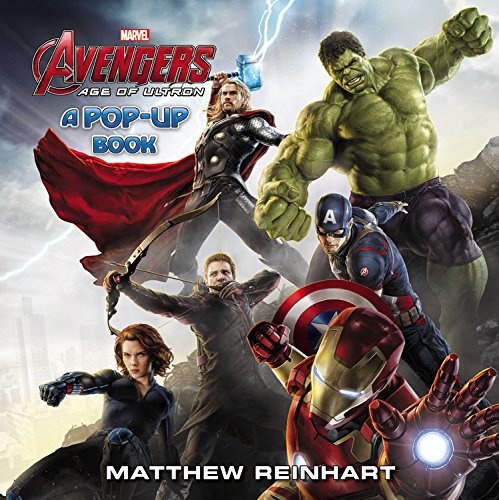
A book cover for Marvel's Avengers: Age of Ultron: A Pop-Up Book (Marvel the Avengers: Age of Ultron); Matthew Reinhart; Children's Books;